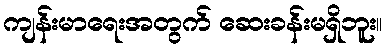
ကျန်းမာရေးအတွက် ဆေးခန်းမရှိဘူး။